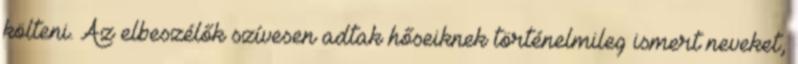
költeni. Az elbeszélők szívesen adtak hőseiknek történelmileg ismert neveket,